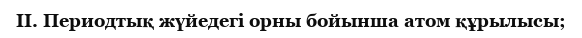
II. Периодтық жүйедегі орны бойынша атом құрылысы;